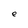
Character: e